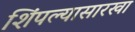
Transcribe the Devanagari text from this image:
शिंपल्यासारखा